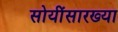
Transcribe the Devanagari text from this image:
सोयींसारख्या